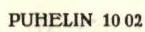
PUHELIN 1002